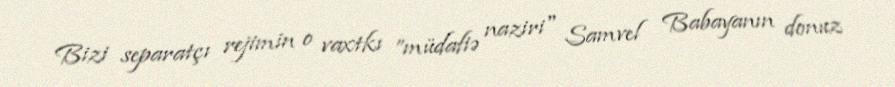
Bizi separatçı rejimin o vaxtkı ”müdafiə naziri" Samvel Babayanın donuz